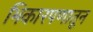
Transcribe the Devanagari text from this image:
भिकारपणातून